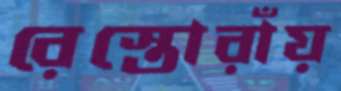
রেস্তোরাঁয়